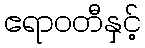
ဧရာဝတီနှင့်